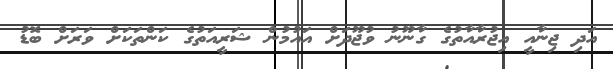
އަދި ޖިނާއީ އިޖުރާއާތުގެ ގާނޫނު ވުޖޫދަށް އައުމުން ޝަރީއަތުގެ ކަންތަކަށް ވަރަށް ބޮޑު